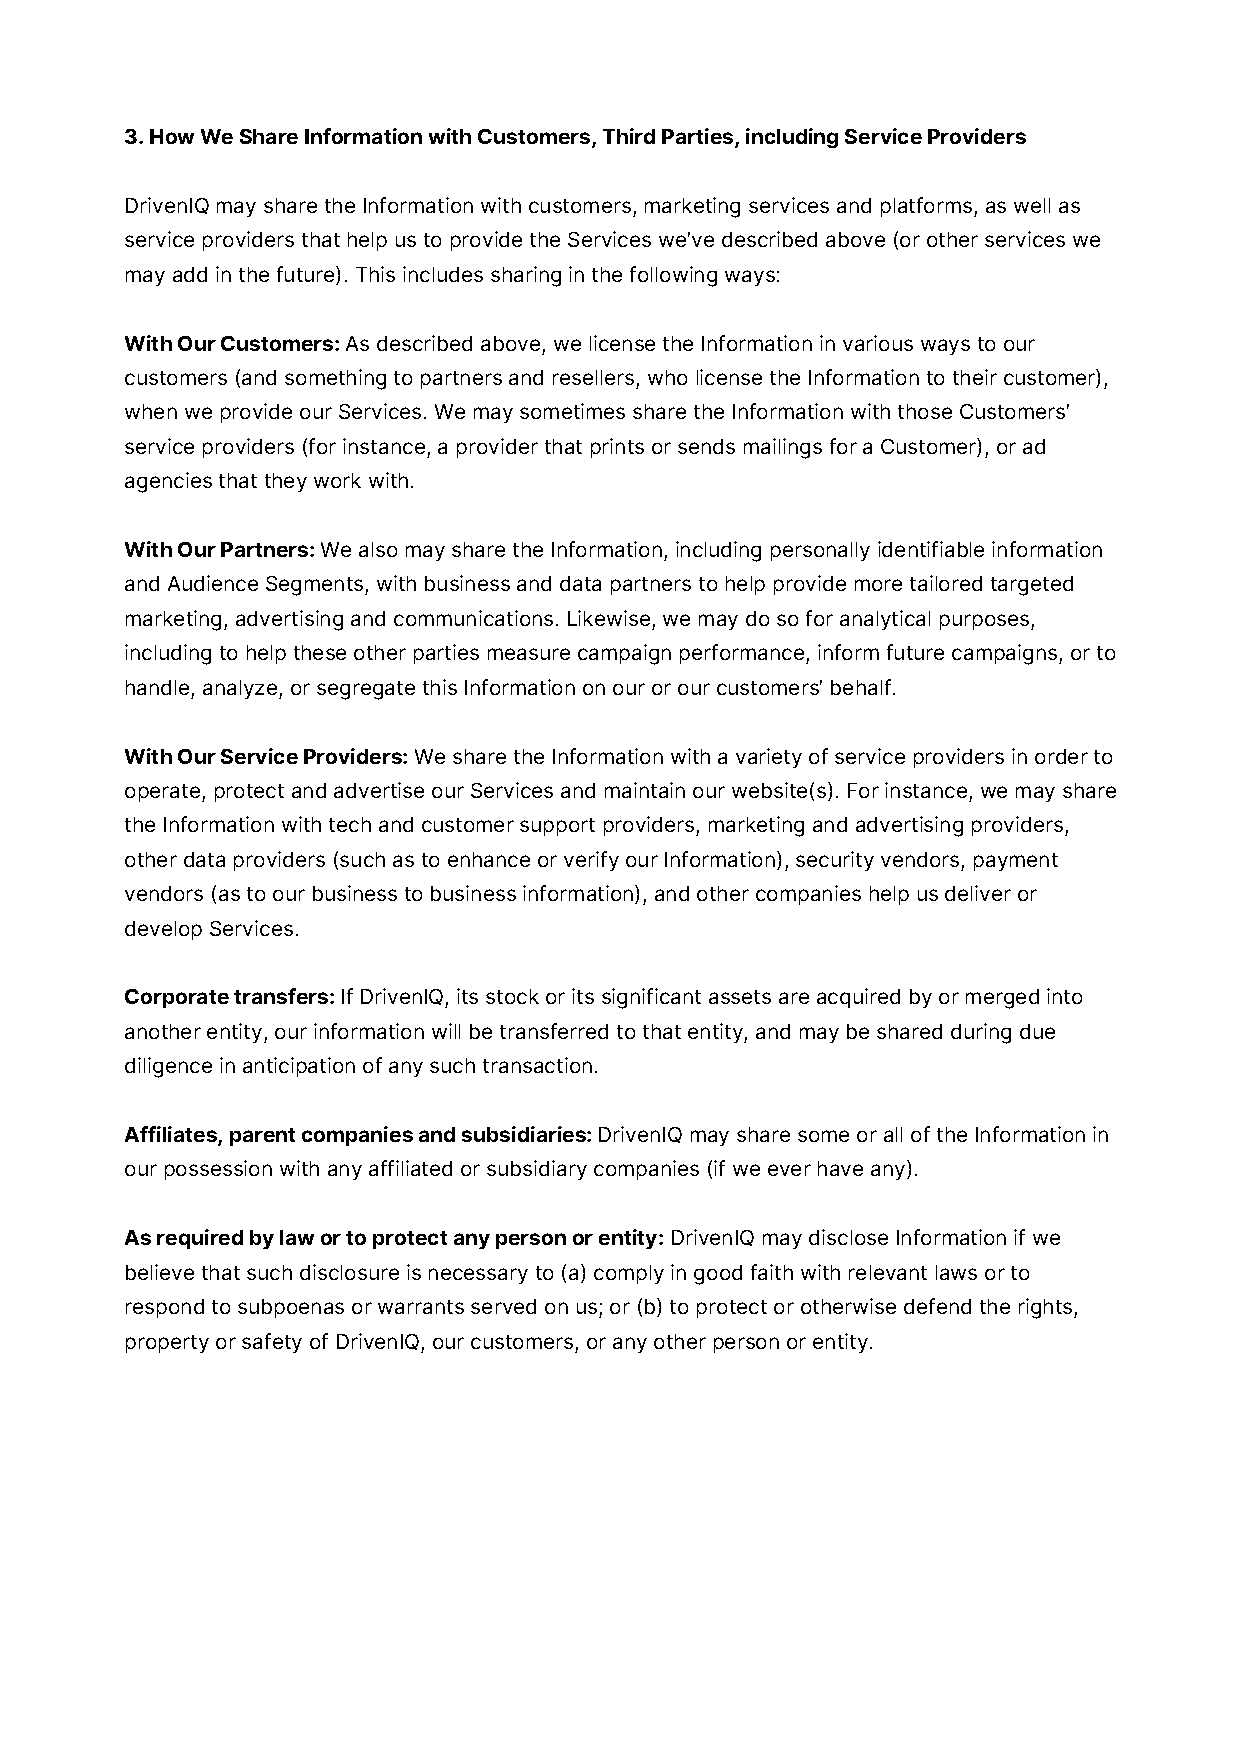
3. How We Share Information with Customers, Third Parties, including Service Providers
 DrivenIQ may share the Information with customers, marketing services and platforms, as well as
 service providers that help us to provide the Services we’ve described above (or other services we
 may add in the future). This includes sharing in the following ways:
 With Our Customers: As described above, we license the Information in various ways to our
 customers (and something to partners and resellers, who license the Information to their customer),
 when we provide our Services. We may sometimes share the Information with those Customers’
 service providers (for instance, a provider that prints or sends mailings for a Customer), or ad
 agencies that they work with.
 With Our Partners: We also may share the Information, including personally identifiable information
 and Audience Segments, with business and data partners to help provide more tailored targeted
 marketing, advertising and communications. Likewise, we may do so for analytical purposes,
 including to help these other parties measure campaign performance, inform future campaigns, or to
 handle, analyze, or segregate this Information on our or our customers’ behalf.
 With Our Service Providers: We share the Information with a variety of service providers in order to
 operate, protect and advertise our Services and maintain our website(s). For instance, we may share
 the Information with tech and customer support providers, marketing and advertising providers,
 other data providers (such as to enhance or verify our Information), security vendors, payment
 vendors (as to our business to business information), and other companies help us deliver or
 develop Services.
 Corporate transfers: If DrivenIQ, its stock or its significant assets are acquired by or merged into
 another entity, our information will be transferred to that entity, and may be shared during due
 diligence in anticipation of any such transaction.
 Affiliates, parent companies and subsidiaries: DrivenIQ may share some or all of the Information in
 our possession with any affiliated or subsidiary companies (if we ever have any).
 As required by law or to protect any person or entity: DrivenIQ may disclose Information if we
 believe that such disclosure is necessary to (a) comply in good faith with relevant laws or to
 respond to subpoenas or warrants served on us; or (b) to protect or otherwise defend the rights,
 property or safety of DrivenIQ, our customers, or any other person or entity.